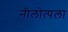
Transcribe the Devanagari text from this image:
नीलोत्पला